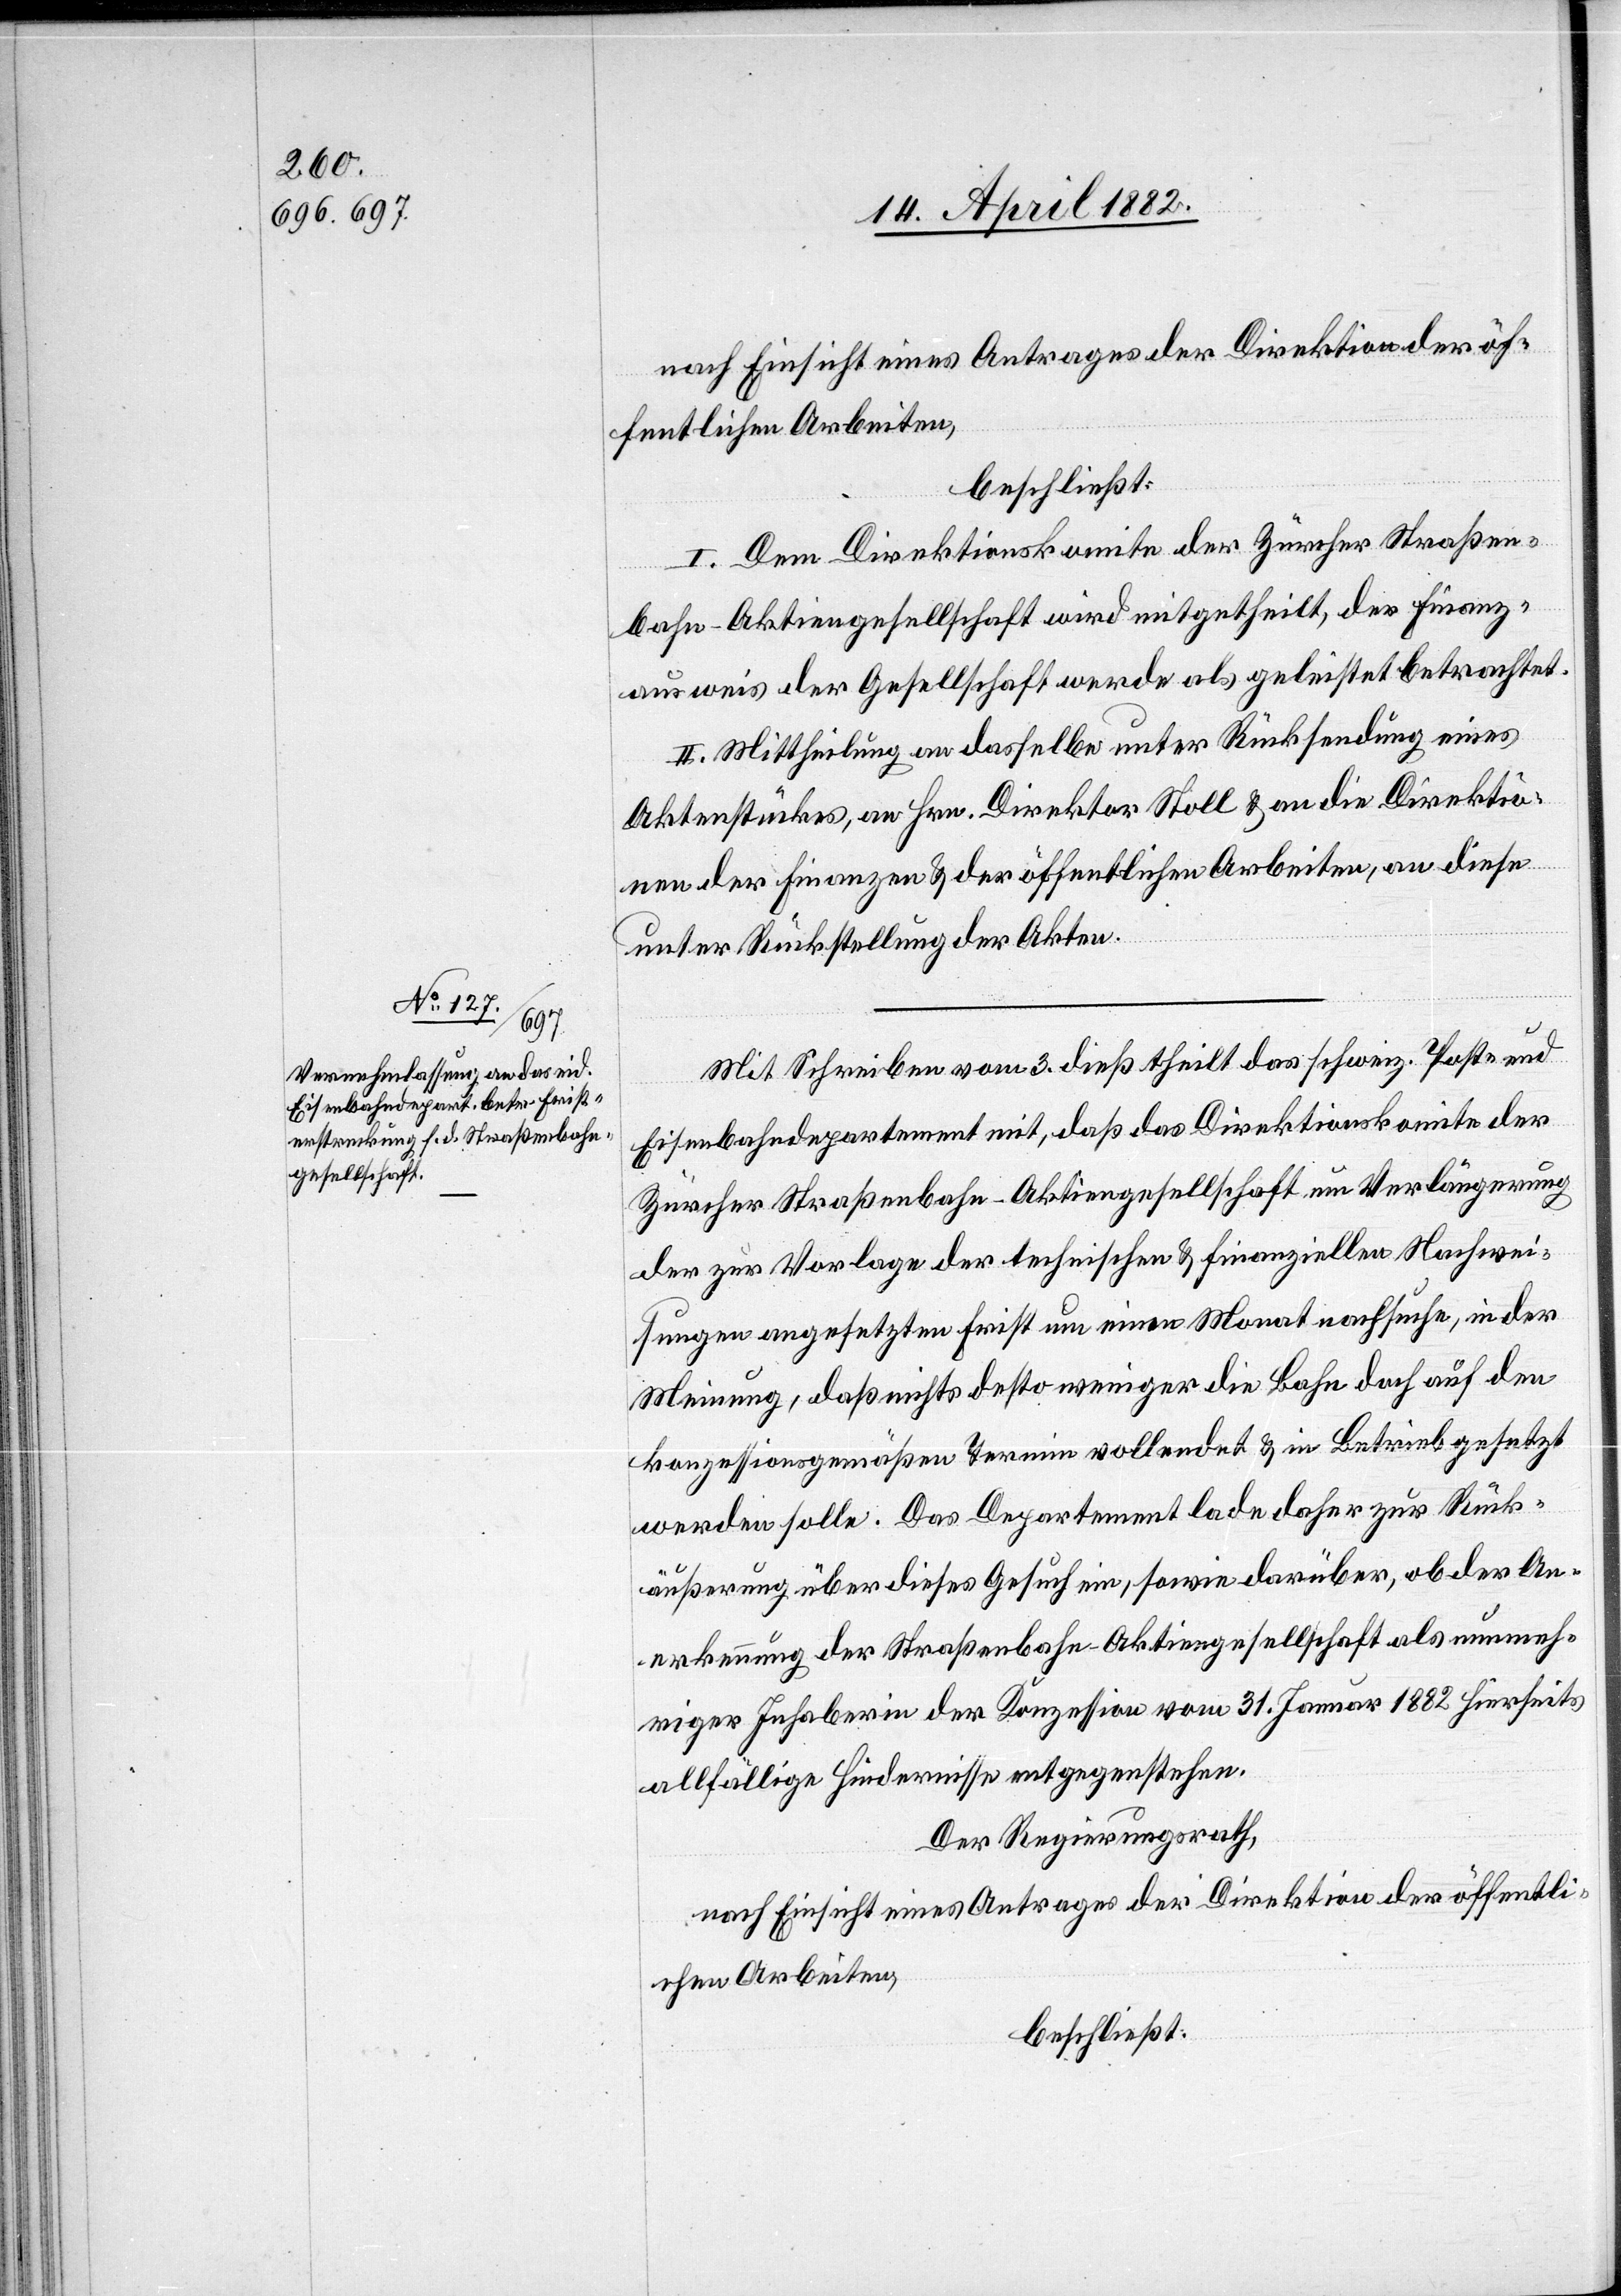
nach Einsicht eines Antrages der Direktion der öf¬
fentlichen Arbeiten,
beschließt:
I. Dem Direktionskomite der Zürcher Straßen¬
bahn-Aktiengesellschaft wird mitgetheilt, der Finanz¬
ausweis der Gesellschaft werde als geleistet betrachtet.
II. Mittheilung an dasselbe unter Rücksendung eines
Aktenstückes, an Hrn. Direktor Stoll & an die Direktio¬
nen der Finanzen & der öffentlichen Arbeiten, an diese
unter Rückstellung der Akten.
Mit Schreiben vom 3. dieß theilt das schweiz. Post- und
Eisenbahndepartement mit, daß das Direktionskomite der
Zürcher Straßenbahn-Aktiengesellschaft um Verlängerung
der zur Vorlage der technischen & finanziellen Nachwei¬
sungen angesetzten Frist um einen Monat nachsuche, in der
Meinung, daß nichts desto weniger die Bahn doch auf den
konzessionsgemäßen Termin vollendet & in Betrieb gesetzt
werden solle. Das Departement lade daher zur Rück¬
äußerung über dieses Gesuch ein, sowie darüber, ob der An¬
erkennung der Straßenbahn-Aktiengesellschaft als nunmeh¬
riger Inhaberin der Konzession vom 31. Januar 1882 hierseits
allfällige Hindernisse entgegenstehen.
Der Regierungsrath,
nach Einsicht eines Antrages der Direktion der öffentli¬
chen Arbeiten,
beschließt: